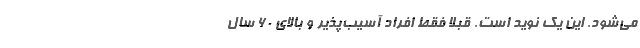
می‌شود. این یک نوید است. قبلاً فقط افراد آسیب‌پذیر و بالای 60 سال